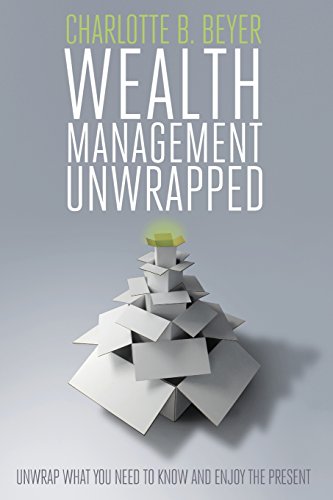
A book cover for Wealth Management Unwrapped; Charlotte B. Beyer; Business & Money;